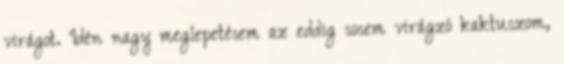
virágot. Idén nagy meglepetésem az eddig sosem virágzó kaktuszom,